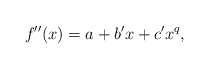
\begin{align*}f''(x) = a+b'x+c'x^q,\end{align*}